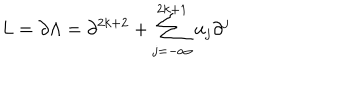
LaTeX: L = \partial \Lambda = \partial ^ { 2 k + 2 } + \sum _ { j = - \infty } ^ { 2 k + 1 } u _ { j } \partial ^ { j }